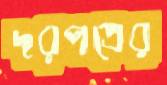
দরপত্রের